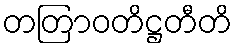
တတြာဝတိဋ္ဌတီတိ